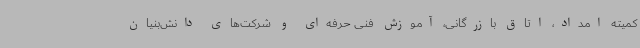
کمیته امداد، اتاق بازرگانی، آموزش فنی حرفه‌ای و شرکت‌های دانش‌بنیان